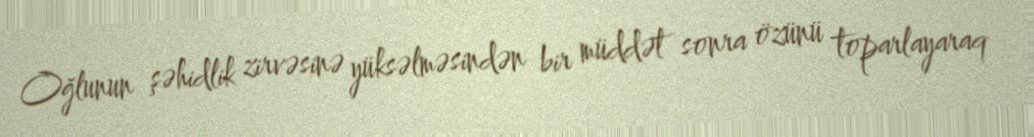
Oğlunun şəhidlik zirvəsinə yüksəlməsindən bir müddət sonra özünü toparlayaraq